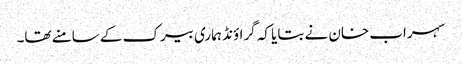
سہراب خان نے بتایا کہ گراؤنڈ ہماری بیرک کے سامنے تھا۔